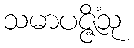
သမာပဇ္ဇိံသု